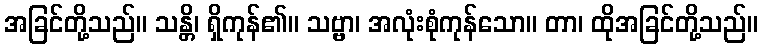
အခြင်တို့သည်။ သန္တိ၊ ရှိကုန်၏။ သဗ္ဗာ၊ အလုံးစုံကုန်သော။ တာ၊ ထိုအခြင်တို့သည်။